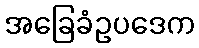
အခြေခံဥပဒေက